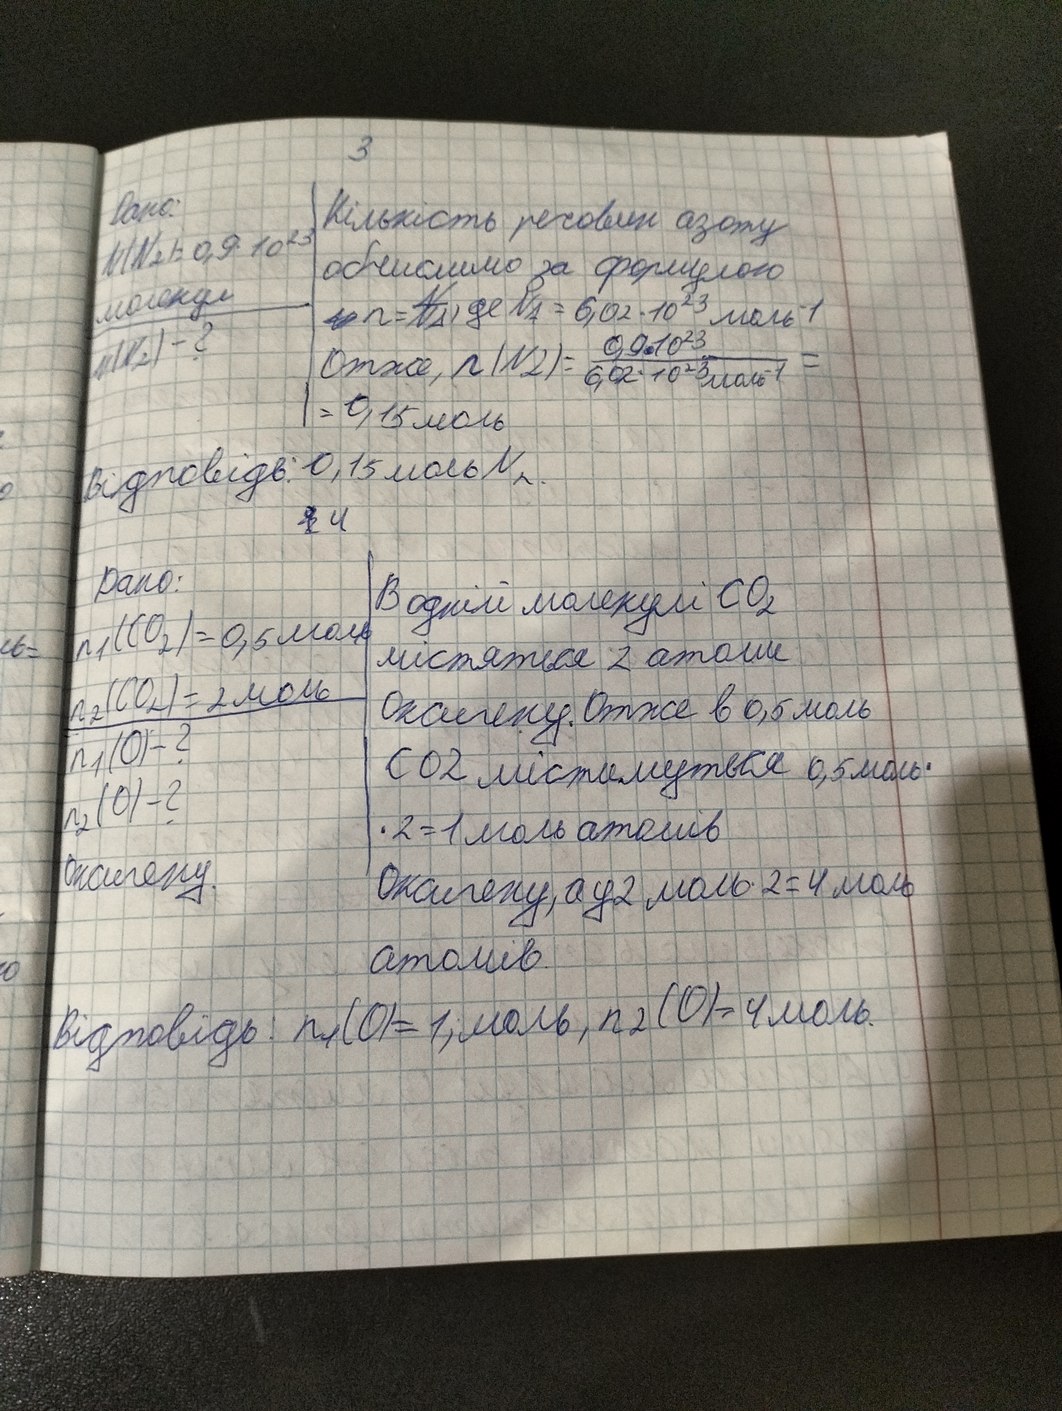
3
Кількість речовин азоту
Дано:
N(N_2) = 0,9 * 10^23
обчислимо за формулою
молекул
n = \frac{N}{N∆}, де N∆ = 6,02 * 10^23 моль^-1
n(N_2) - ?
Отже, n(N_2) = \frac{0,9 * 10^23}{6,02 * 10^23 моль^-1} =
= 0,15 моль
Відповідь: 0,15 моль N_2.
4
Дано:
В одній молекулі CO_2
n_1(CO_2) = 0,5 моль
містяться 2 атоми
n_2(CO2) = 2 моль
Оксигену. Отже в 0,5 моль
n_1(О) - ?
CO2 містимуться 0,5 моль *
n_2(О) - ?
* 2 = 1 моль атомів
оксигену.
Оксигену, а у 2 моль * 2 = 4 моль
атомів
Відповідь: n_1(O) = 1; моль, n_2(O)= 4 моль.